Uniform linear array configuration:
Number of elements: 12
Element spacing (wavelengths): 0.25
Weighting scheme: cosine
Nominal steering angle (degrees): -60
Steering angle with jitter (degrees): -59.322
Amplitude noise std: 0.05
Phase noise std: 0.05

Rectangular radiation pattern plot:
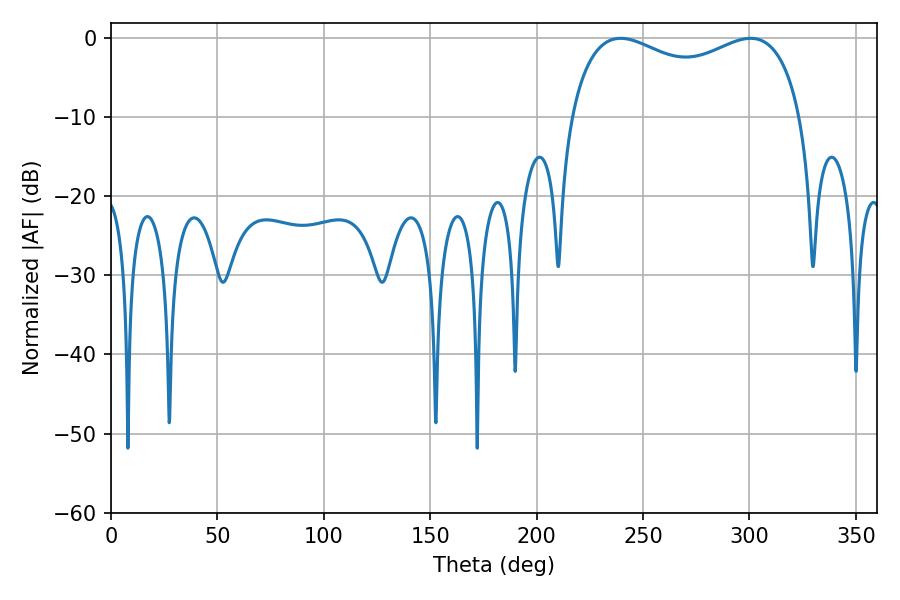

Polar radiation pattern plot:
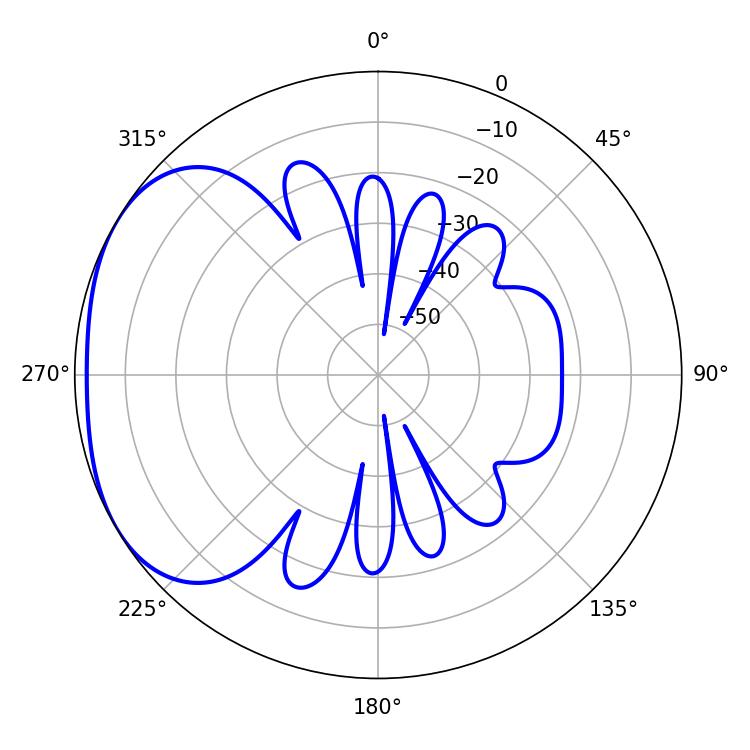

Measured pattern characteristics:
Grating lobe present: FALSE
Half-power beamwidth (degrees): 90
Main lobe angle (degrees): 239.4